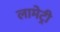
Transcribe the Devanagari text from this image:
लामेट्री